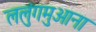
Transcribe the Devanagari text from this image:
ललुंगमुआना